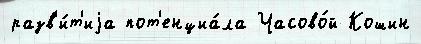
разв'и́т'иjа пот'енциа́ла Часово́й Кошин